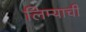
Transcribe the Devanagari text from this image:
लिम्याची